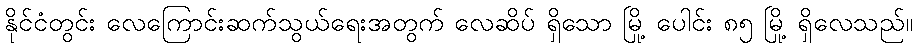
နိုင်ငံတွင်း လေကြောင်းဆက်သွယ်ရေးအတွက် လေဆိပ် ရှိသော မြို့ ပေါင်း ၈၅ မြို့ ရှိလေသည်။